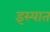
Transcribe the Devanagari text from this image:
इस्यात